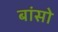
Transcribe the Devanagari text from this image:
बांसो